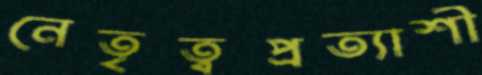
নেতৃত্বপ্রত্যাশী